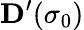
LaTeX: \textbf{D}^{\prime}(\sigma_{0})